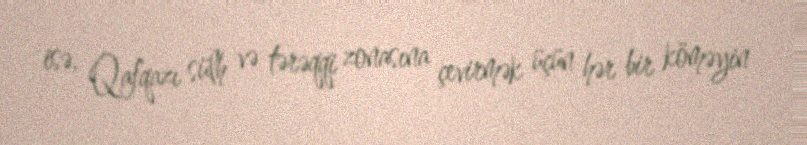
isə, Qafqazı sülh və tərəqqi zonasına çevirmək üçün hər bir köməyin